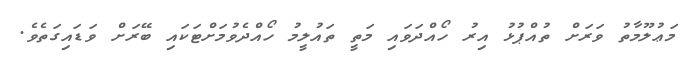
މަޢުލޫމާތު ވަރަށް ތުއްޕުޅު އިރު ހޯއްދަވައި މަތީ ތައުލީމު ހޯއްދެވުމަށްޓަކައި ބޭރަށް ވަޑައިގަތެވެ.